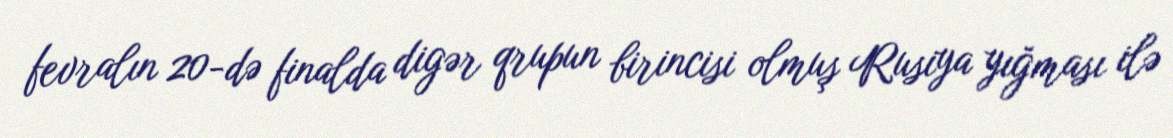
fevralın 20-də finalda digər qrupun birincisi olmuş Rusiya yığması ilə